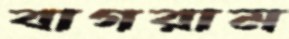
বাগরাম